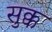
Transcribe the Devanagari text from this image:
सुक्क